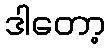
ဒါတော့